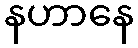
နဟာနေ